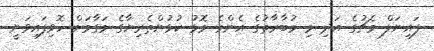
ފައިނަލް މެޗުގެ އަދި މި މުބާރާތުގެ އެންމެ މޮޅު ކުޅުންތެރިޔާގެ މަގާމަށް ހޮވިފައިވަނީ